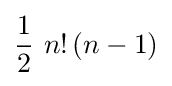
{\dfrac {1}{2}}~n!\left(n-1\right)